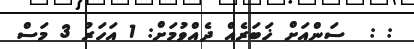
: :  ސަންއަށް ޚަބަރެއް ދެއްވުމަށް: 1 އަހަރު 3 މަސް